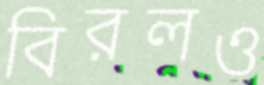
বিরলও